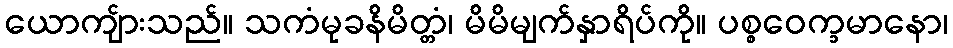
ယောကျ်ားသည်။ သကံမုခနိမိတ္တံ၊ မိမိမျက်နှာရိပ်ကို။ ပစ္စဝေက္ခမာနော၊